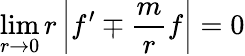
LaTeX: \operatorname*{lim}_{r\to 0}r\left|f^{\prime}\mp\frac mrf\right|=0